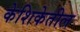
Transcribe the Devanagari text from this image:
केशिकेतील